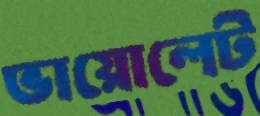
ভায়োলেট